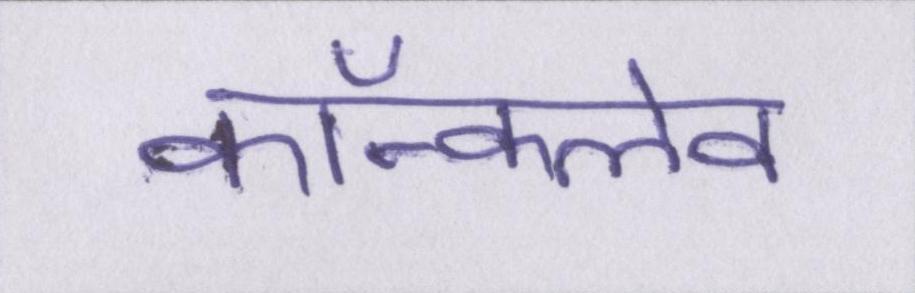
कॉन्क्लेव